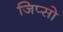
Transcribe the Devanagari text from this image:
जिप्सो